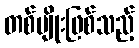
တစ်မျိုးဖြစ်သည့်